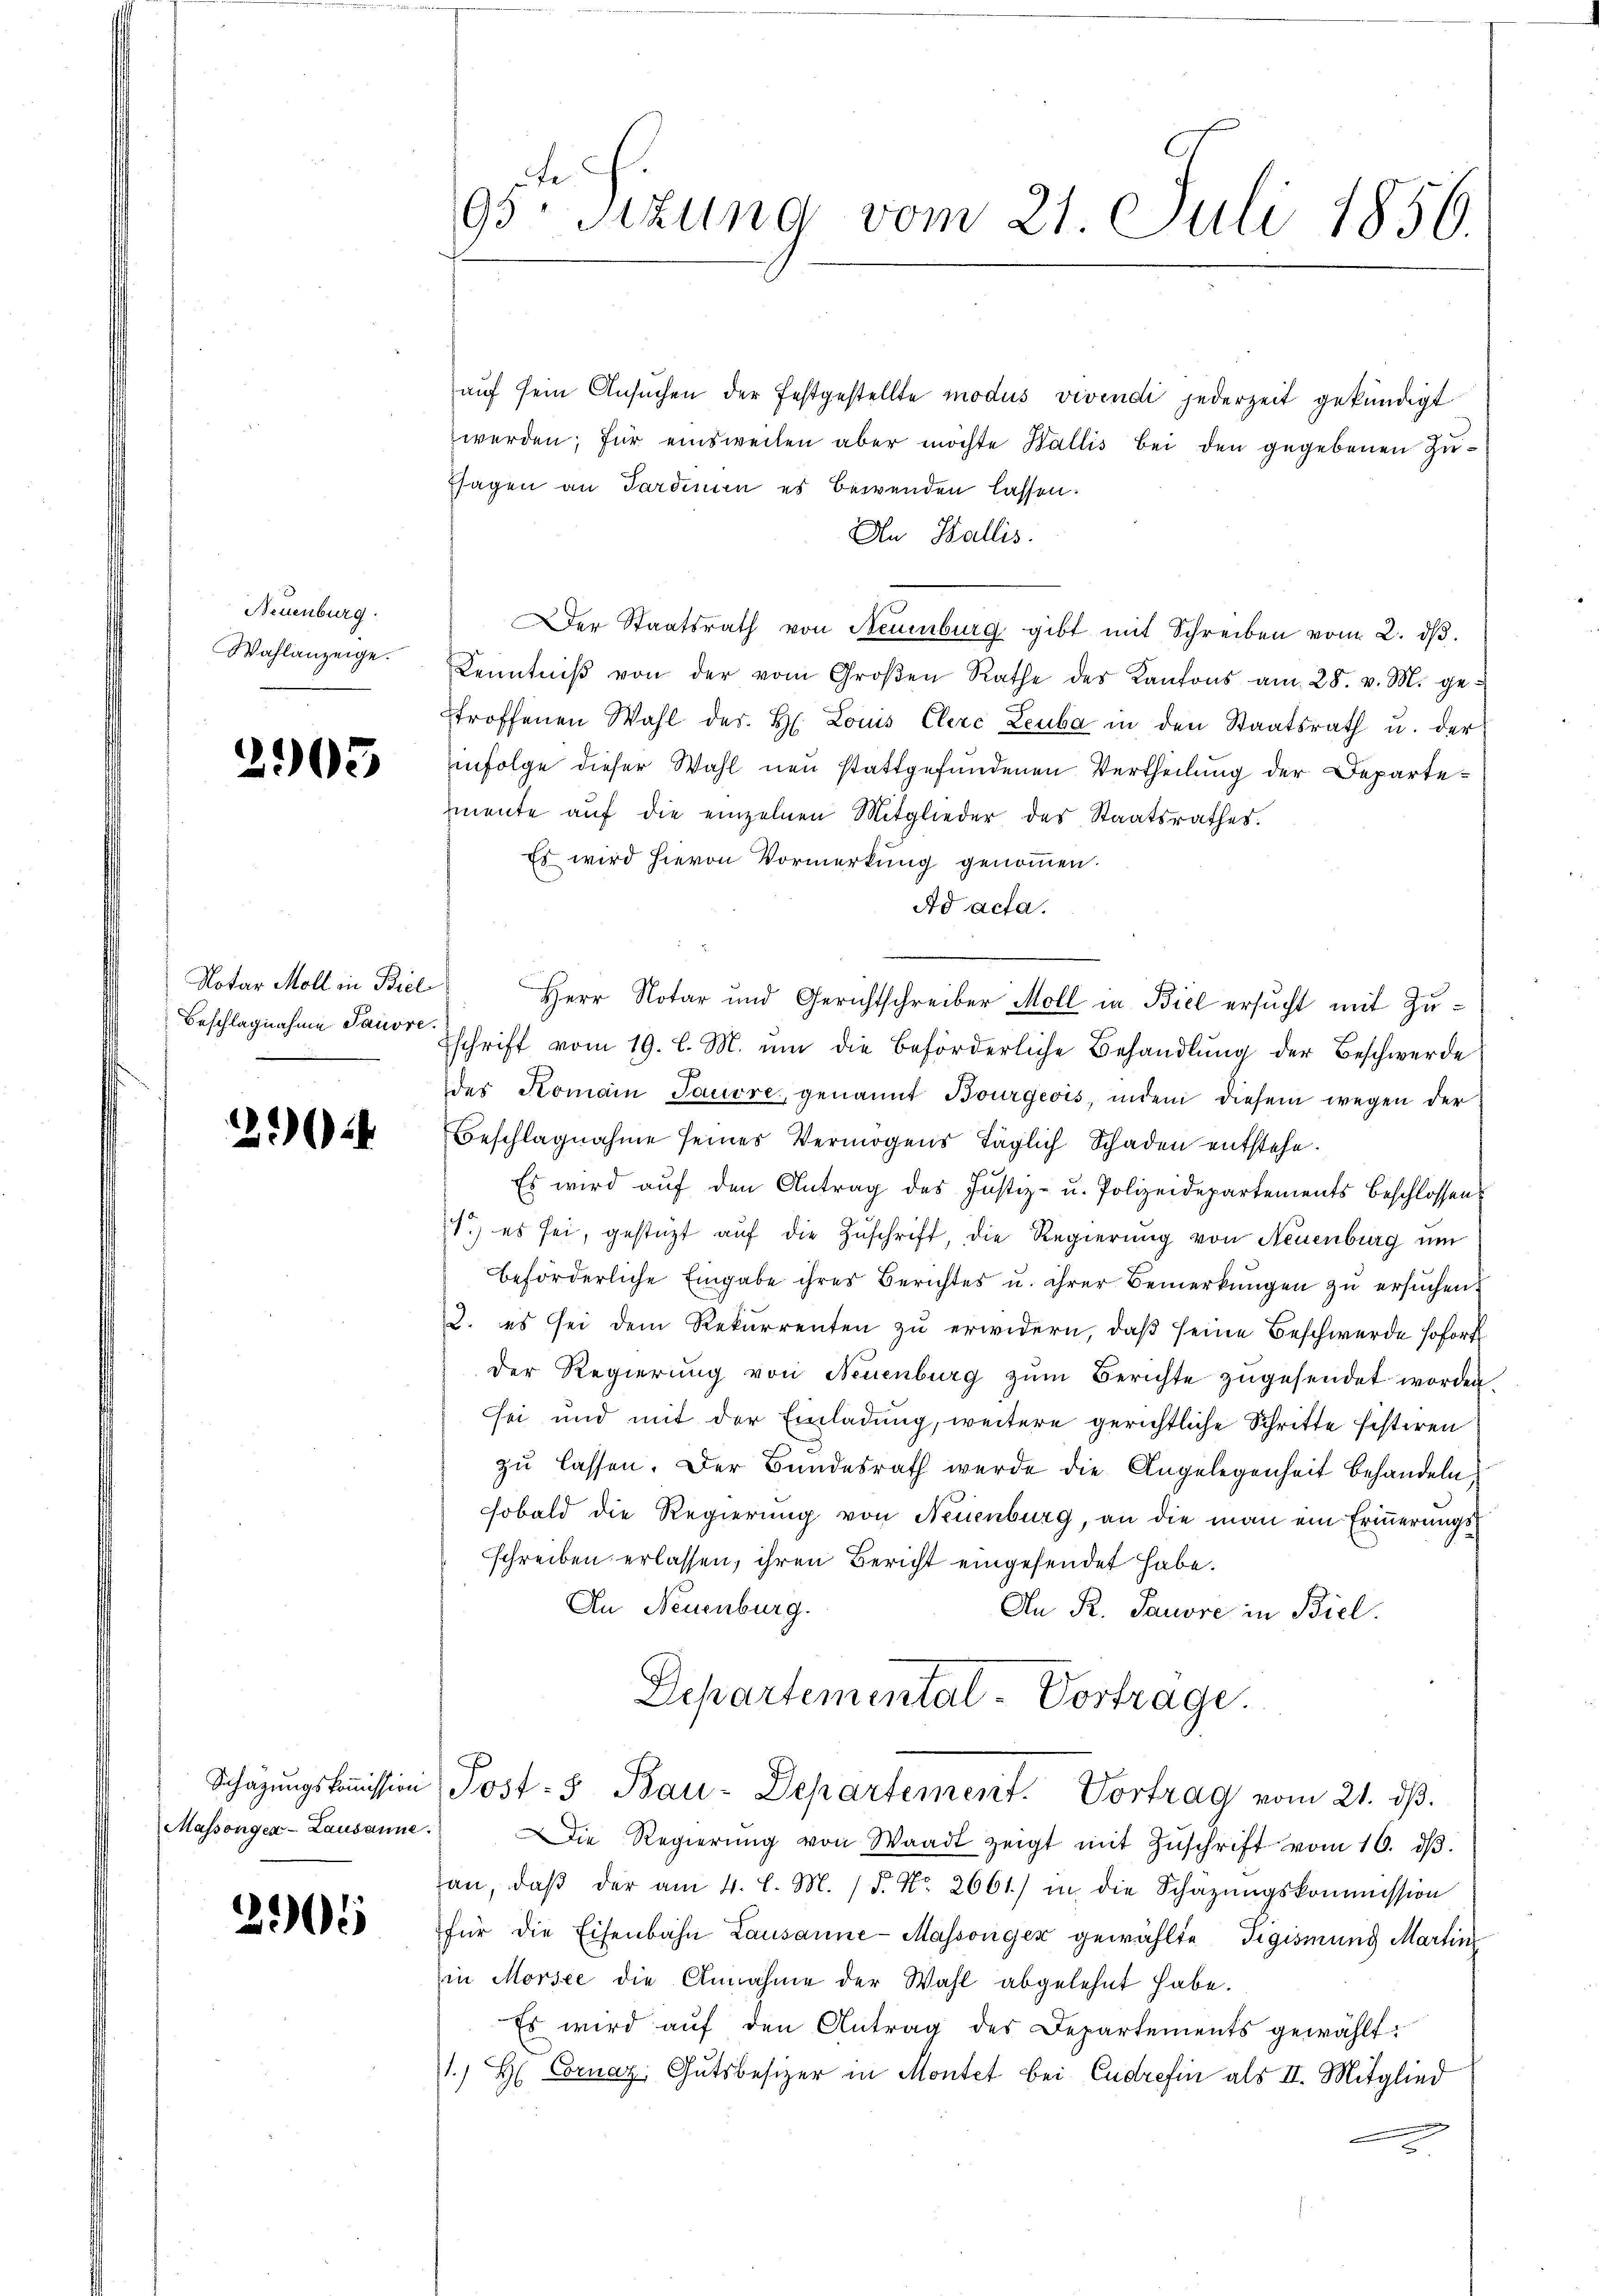
Neuenburg.
Wahlanzeige.

2903

Notar Moll in Biel
Beschlagnahme Sausre

2

Schazungskommission
Massongen-Lausanne.

2005

95te Sizung vom 21. Juli 1856.

auf sein Ansuchen der festgestellte modus vivendi jederzeit gekündigt
werden; für einsweilen aber möchte Wallis bei den gegebenen Zusagen an Sardinien es bewenden lassen.
An Wallis.
Der Staatsrath von Neuenburg gibt mit Schreiben vom 2. dβ.
Kenntniβ von der vom Groβen Rathe des Kantons am 28. v. M. ge-
troffenen Wahl des H. Louis Clere Leuba in den Staatsrath u. der
infolge dieser Wahl neu stattgefundenen Vertheilung der Departemente aŭf die einzelnen Mitglieder des Staatsrathes.
Es wird hievon Vormerkung genommen.
Ad acta.
Herr Notar und Gerichtschreiber Moll in Biel ersucht mit Zuschrift vom 19. l. M. um die beförderliche Behandlung der Beschwerde
des Komain Sauere genannt Bourgeois, indem diesem wegen der
Beschlagnahme seines Vermögens täglich Schaden entstehe.
Es wird auf den Antrag des Justiz- u. Polizeidepartements Beschlossen
1. es sei, gestüzt aŭf die Zŭschrift, die Regierŭng von Neuenburg um
beförderliche Eingabe ihres Berichtes u. ihrer Bemerkungen zu ersuchen.
2. es sei dem Rekurrenten zu erwidern, daß seine Beschwerde sofort
der Regierŭng von Neuenburg zŭm Berichte zŭgesendet worden.
sei und mit der Einladung, weitere gerichtliche Schritte festiren
zu lassen. Der Bundesrath werde die Angelegenheit behandeln.
sobald die Regierung von Neuenburg, an die man ein Erinnerungsschreiben erlassen, ihren Bericht eingesendet habe.
An Neuenburg.
An R. Tauvre in Biel.
Departemental-Vortrage.
Post- & Bau-Departement. Vortrag vom 21. dβ.
Die Regierŭng von Waadt zeigt mit Zŭschrift vom 16. dβ.
an, daβ der am 4. l. M. 15. No. 2661) in die Schäzŭngskommission
für die Eisenbahn Lausanne Massonger gewählte Sigismung Martin
in Morsee die Annahme der Wahl abgelehnt habe.
Es wird aŭf den Antrag des Departements gewählt:
1) H Cornaz, Gutsbesizer in Montet bei Eudrefin als II. Mitglied
e